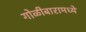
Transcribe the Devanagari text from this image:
गोळीबारामध्ये